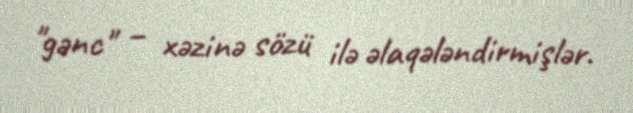
"gənc" – xəzinə sözü ilə əlaqələndirmişlər.